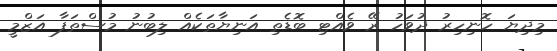
މިދިިޔަ ހޮނިހިރު ދުވަހު ރޭ ވެއްޓި ބޮޑެތި އަނިޔާތަކެއް ލިބުނު މުސްތަފާ އަޒްމީ